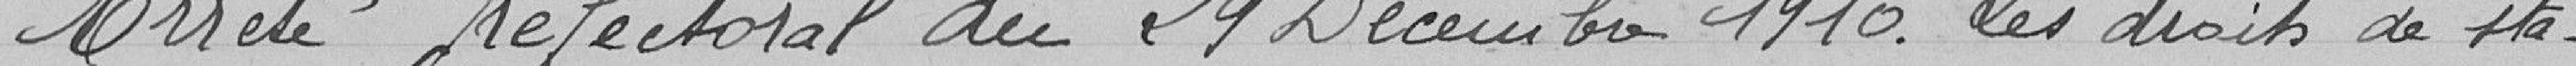
trottoirs par des tables, chaises, arbustes, étalages, paient